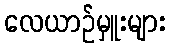
လေယာဉ်မှူးများ